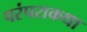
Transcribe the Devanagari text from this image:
परंपराकथा